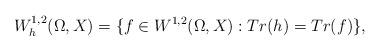
LaTeX: \begin{align*}W^{1,2}_h(\Omega,X)=\{ f \in W^{1,2}(\Omega,X): Tr(h)=Tr(f)\},\end{align*}